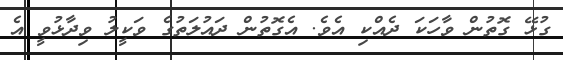
ގުޅޭ ގޮތުން ވާހަކަ ދެއްކި އެވެ. އެގޮތުން ދައުލަތުގެ ވަކީލު ވިދާޅުވީ އެ